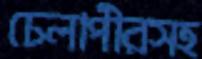
ঢেলাপীরসহ